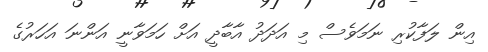
އިން ލަފާކުރި ނަމަވެސް މި އަދަދު އާބާދީ އަށް ހަމަވާނީ އަންނަ އަހަރުގެ